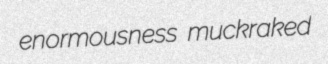
enormousness muckraked